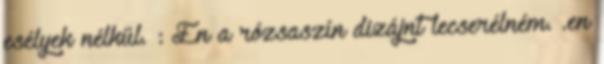
esélyek nélkül. : Én a rózsaszín dizájnt lecserélném. .en